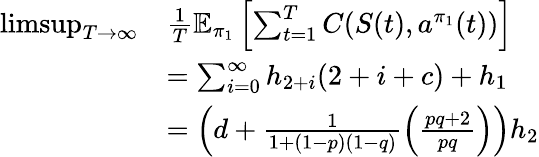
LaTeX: \begin{array}{rl}{\operatorname*{limsup}_{T\rightarrow\infty}}&{\frac{1}{T}\mathbb{E}_{\pi_{1}}\left[\sum_{t=1}^{T}C(S(t),a^{\pi_{1}}(t))\right]}\\ &{=\sum_{i=0}^{\infty}{h}_{{2}+i}({2}+i+c)+{h}_{1}}\\ &{=\left(d+\frac{1}{1+(1-p)(1-q)}\left(\frac{pq+2}{pq}\right)\right){h}_{2}}\end{array}